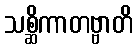
သစ္ဆိကာတဗ္ဗာတိ